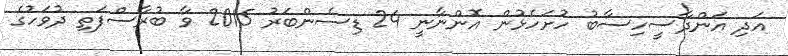
އަދި އަންދާސީހިސާބު ހުށަހެޅުން އޮންނާނީ 24 ޑިސެންބަރު 2015 ވާ ބުރާސްފަތި ދުވަހުގެ